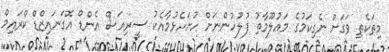
މިތަކެތި ވަގަށް ނެގިކަމުގެ މަޢުލޫމާތު ފުލުހުންނަށް ހުށަހެޅުމާއެކު ސީރިއަސް އެންޑް އޮގަނައިޒްޑް ކްރައިމް